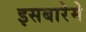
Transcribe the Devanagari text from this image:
इसबारेमे